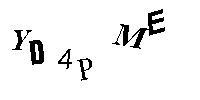
YD4PME